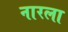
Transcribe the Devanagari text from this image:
नारला